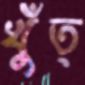
খুঁত্